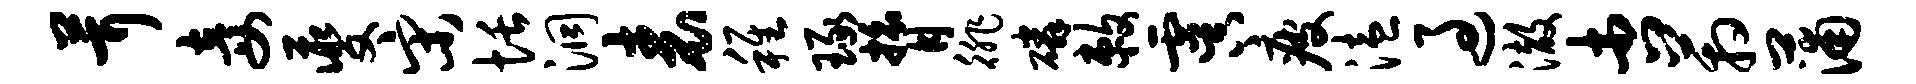
茸妾夔宋恬洞表稚琢膂徘磷敕虞疲溘过澈杏箱蒲